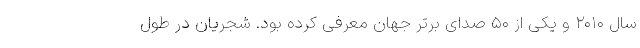
سال ۲۰۱۰ و یکی از ۵۰ صدای برتر جهان معرفی کرده‌ بود. شجریان در طول